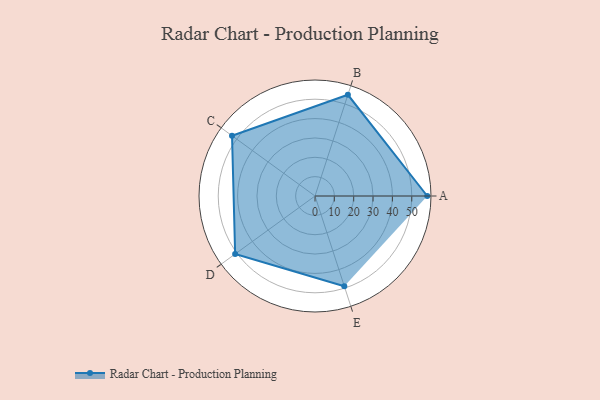
{"axis": {"x": "Skill", "y": "Score"}, "legend": ["Profile"], "data": [{"x": "A", "y": 58.0, "type": "Profile"}, {"x": "B", "y": 55.0, "type": "Profile"}, {"x": "C", "y": 53.0, "type": "Profile"}, {"x": "D", "y": 51.0, "type": "Profile"}, {"x": "E", "y": 49.0, "type": "Profile"}]}